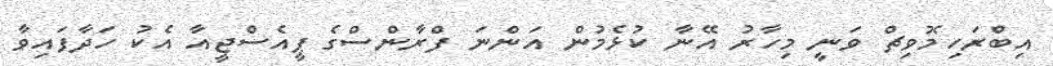
އިބްރަހިމޮވިޗް ވަނީ މިހާރު އޭނާ ކުޅެމުން އަންނަ ފްރާންސްގެ ޕީއެސްޖީއާ އެކު ހަދާފައިވާ